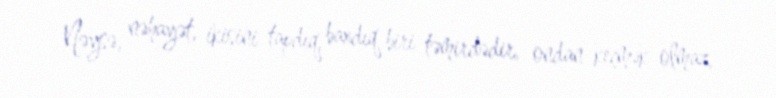
Nəysə, nəhayət, ikisini tapdıq, baxdıq biri təmirdədir, ondan keçmək olmaz,